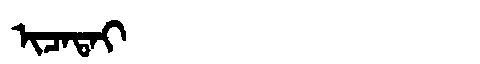
Manchu: ᡳᠴᠠᡨᠠᡳ
Romanization: ICATAI